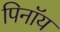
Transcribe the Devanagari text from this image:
पिनॉय